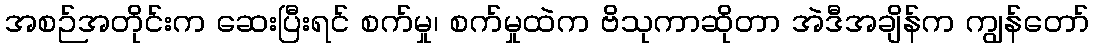
အစဉ်အတိုင်းက ဆေးပြီးရင် စက်မှု၊ စက်မှုထဲက ဗိသုကာဆိုတာ အဲဒီအချိန်က ကျွန်တော်